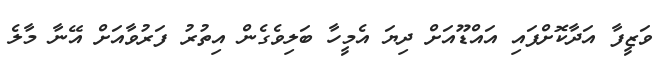
ވަޒީފާ އަދާކޮށްފައި އައްޑޫއަށް ދިޔަ އެމީހާ ބަލިވެގެން އިތުރު ފަރުވާއަށް އޭނާ މާލެ